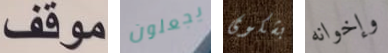
موقف يجعلون بشكوى وإخوانه